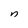
Character: n